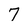
Character: 7